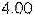
4.00